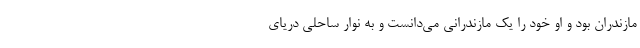
مازندران بود و او خود را یک مازندرانی می‌دانست و به نوارِ ساحلی دریای